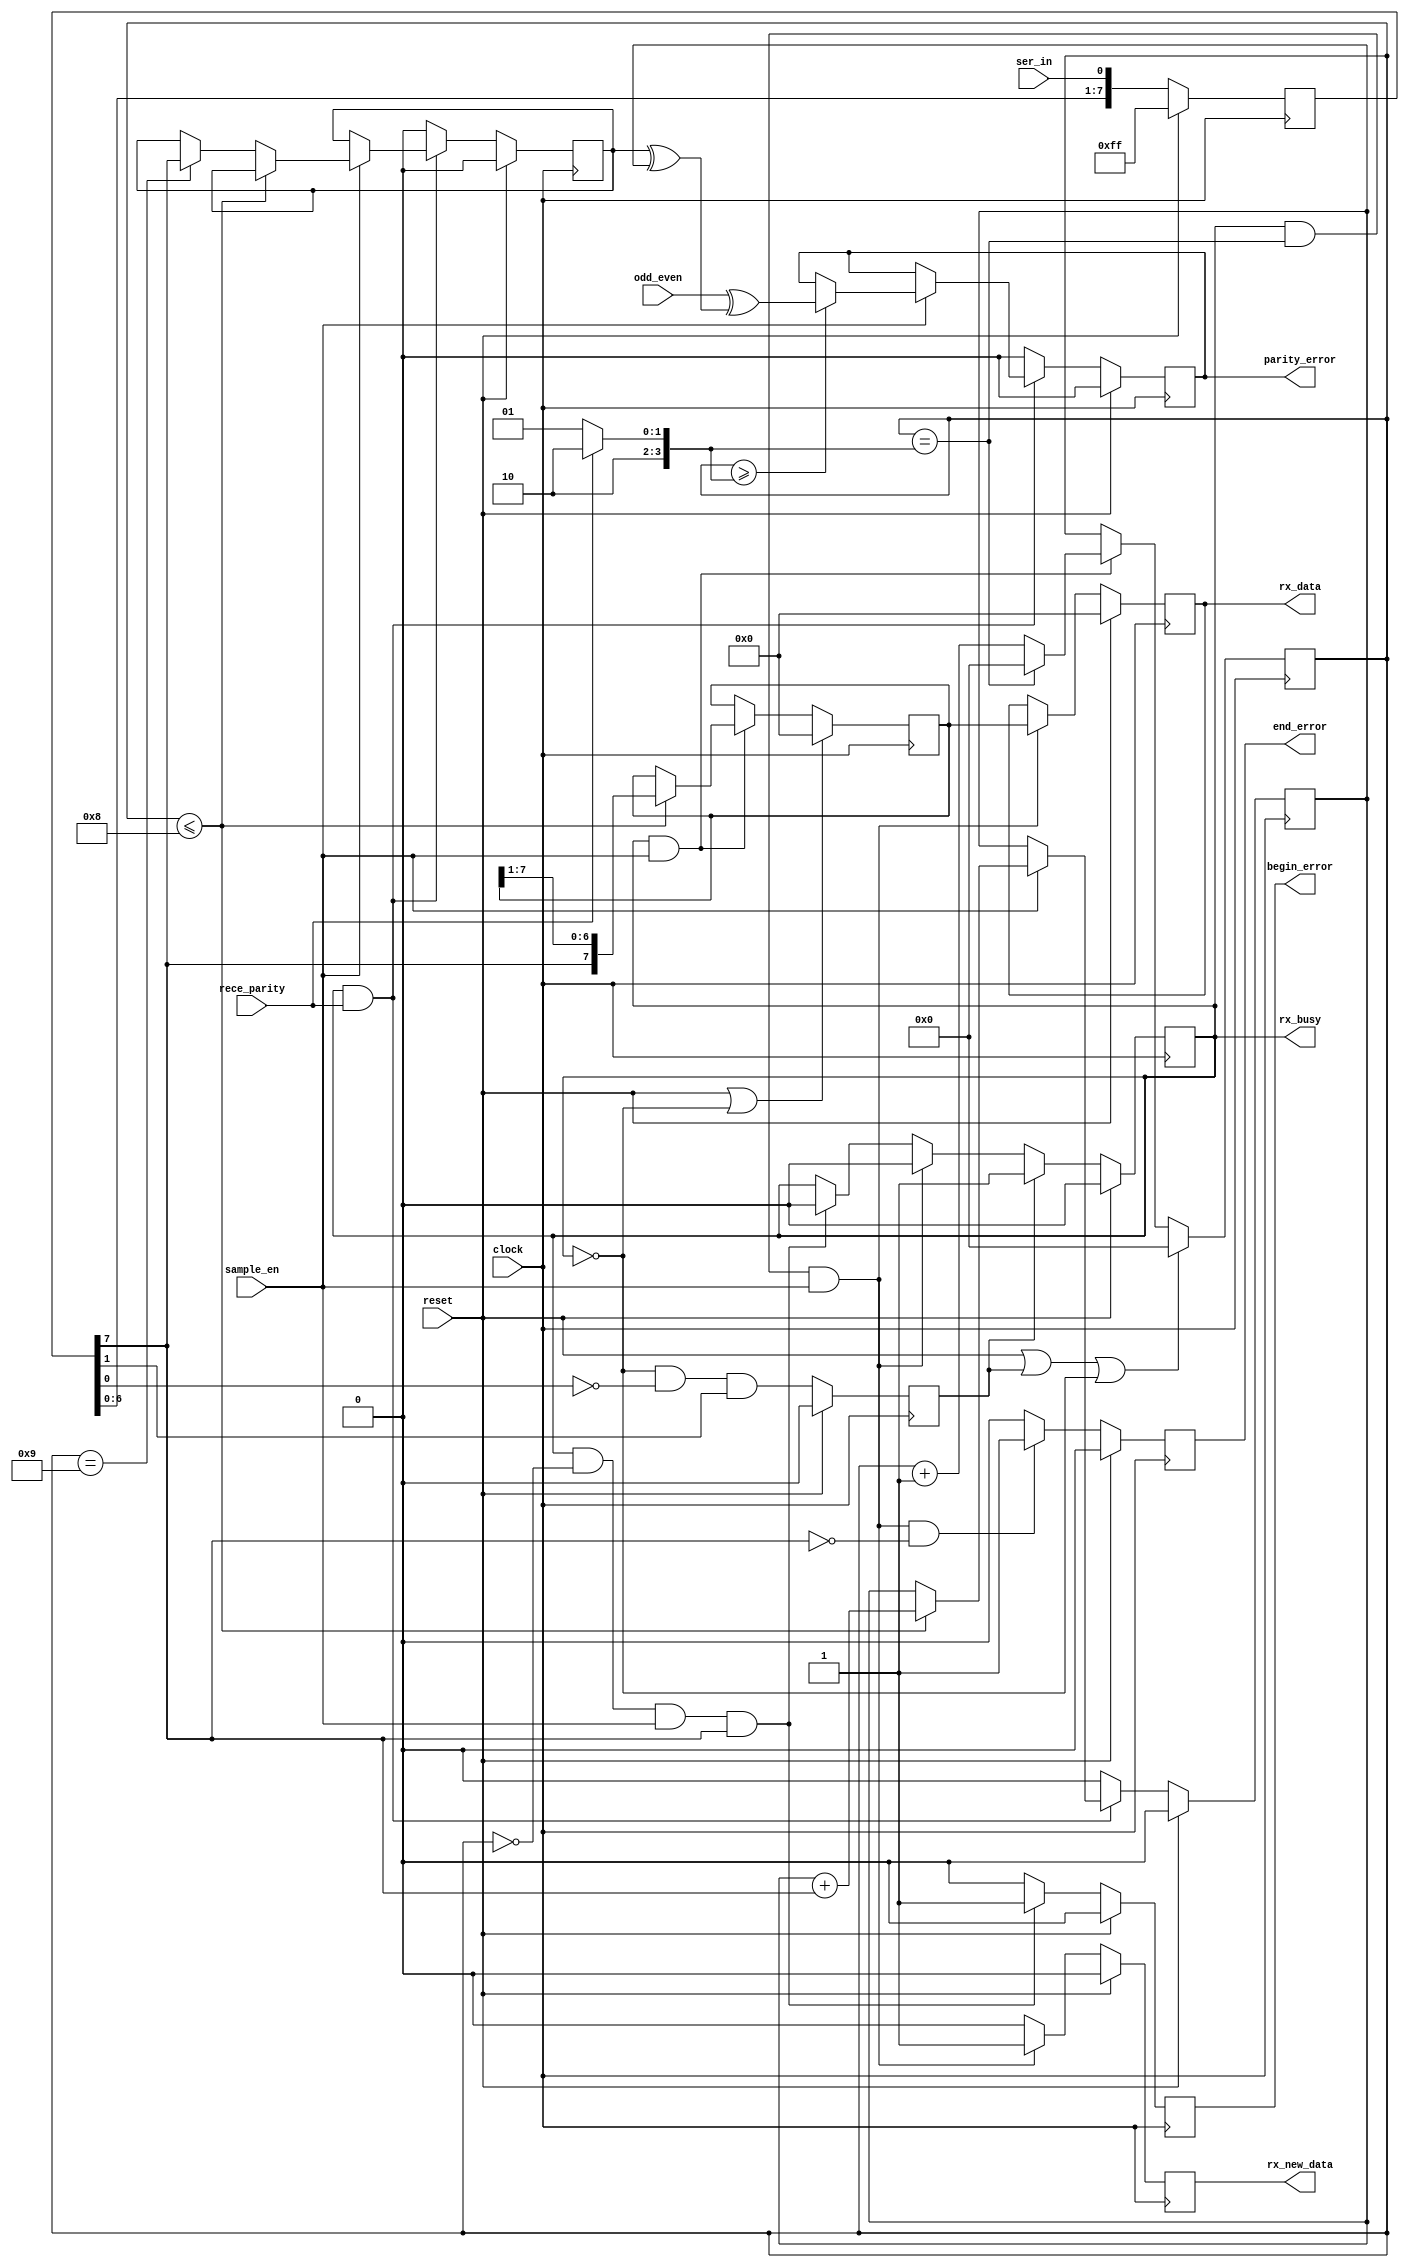
//---------------------------------------------------------------------------------------
// uart receive module
//
//---------------------------------------------------------------------------------------
// verilog_format: off
`resetall
`timescale 1ns / 1ps
`default_nettype none
// verilog_format: on
module uart_rx (
    input  wire       clock,         // global clock input
    input  wire       reset,         // global reset input
    input  wire       sample_en,
    input  wire       ser_in,        // serial data input
    input  wire       rece_parity,
    input  wire       odd_even,
    output reg  [7:0] rx_data,       // data byte received
    output reg        rx_new_data,   // signs that a new byte was received
    output reg        parity_error,  //
    output reg        begin_error,
    output reg        end_error,     //
    output reg        rx_busy
);
    //---------------------------------------------------------------------------------------
    // modules inputs and outputs

    wire [3:0] data_length;
    // internal registers
    reg  [7:0] in_sync;
    reg        rx_start;
    reg  [3:0] bit_count;
    reg  [7:0] data_buf;
    reg        parity_bit_cal;
    reg        parity_bit_sav;

    assign data_length = (rece_parity) ? 4'd10 : 4'd9;

    // input async
    always @(posedge clock) begin
        if (reset) begin
            in_sync <= 8'hFF;
        end else begin
            in_sync <= {in_sync[6:0], ser_in};  // timing compensate, 7 clock delay for ser_in
        end
    end

    always @(posedge clock) begin
        if (reset) begin
            rx_start <= 1'b0;
        end else begin
            rx_start <= ~rx_busy & ~in_sync[0] & in_sync[1];
        end
    end

    // receiving busy flag
    always @(posedge clock) begin
        if (reset) begin
            rx_busy <= 1'b0;
        end else if (rx_start) begin
            rx_busy <= 1'b1;
        end else if (rx_busy & (bit_count == data_length) & sample_en) begin
            rx_busy <= 1'b0;  // rx finish
        end else if (rx_busy & (bit_count == 0) & sample_en & (in_sync[7] == 1'b1)) begin
            rx_busy <= 1'b0;  // first bit is not 0
        end
    end

    // bit counter
    always @(posedge clock) begin
        if (reset | rx_start | ~rx_busy) begin
            bit_count <= 4'h0;
        end else if (rx_busy & sample_en) begin
            if (bit_count == data_length) begin
                bit_count <= 4'h0;
            end else begin
                bit_count <= bit_count + 4'h1;
            end
        end
    end

    // data buffer shift register
    always @(posedge clock) begin
        if (reset | ~rx_busy) begin
            data_buf <= 8'h0;
        end else if (rx_busy & sample_en) begin
            if (bit_count <= 4'h8) begin
                data_buf <= {in_sync[7], data_buf[7:1]};
            end
        end
    end

    // data output and flag
    always @(posedge clock) begin
        if (reset) begin
            rx_data     <= 8'h0;
            rx_new_data <= 1'b0;
        end else if (rx_busy & (bit_count == data_length) & sample_en) begin
            rx_data     <= data_buf;
            rx_new_data <= 1'b1;
        end else begin
            rx_data     <= rx_data;
            rx_new_data <= 1'b0;
        end
    end

    // parity cal
    always @(posedge clock) begin
        if (reset) begin
            parity_bit_sav <= 8'h0;
            parity_bit_cal <= 8'h0;
        end else if (rx_busy & rece_parity) begin
            if (sample_en) begin
                if (bit_count <= 4'h8) begin
                    parity_bit_cal <= parity_bit_cal + in_sync[7];
                end else if (bit_count == 4'h9) begin
                    parity_bit_sav <= in_sync[7];
                end
            end
        end else begin
            parity_bit_sav <= 8'h0;
            parity_bit_cal <= 8'h0;
        end
    end

    // parity error check
    always @(posedge clock) begin
        if (reset) begin
            parity_error <= 1'b0;
        end else if (rx_busy & rece_parity) begin
            if (sample_en) begin
                if (bit_count >= data_length) begin
                    parity_error <= (odd_even ^ (parity_bit_sav ^ parity_bit_cal));
                end
            end
        end else begin
            parity_error <= 0;
        end
    end

    // begin_error check
    always @(posedge clock) begin
        if (reset) begin
            begin_error <= 1'b0;
        end else if (rx_busy & (bit_count == 0) & sample_en & in_sync[7]) begin
            begin_error <= 1'b1;
        end else begin_error <= 1'b0;
    end

    // end_error check
    always @(posedge clock) begin
        if (reset) begin
            end_error <= 1'b0;
        end else if (rx_busy & (bit_count == data_length) & sample_en & ~in_sync[7]) begin
            end_error <= 1'b1;
        end else end_error <= 1'b0;
    end

endmodule
//---------------------------------------------------------------------------------------
//                        Th.. Th.. Th.. Thats all folks !!!
//---------------------------------------------------------------------------------------